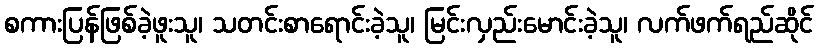
စကားပြန်ဖြစ်ခဲ့ဖူးသူ၊ သတင်းစာရောင်းခဲ့သူ၊ မြင်းလှည်းမောင်းခဲ့သူ၊ လက်ဖက်ရည်ဆိုင်